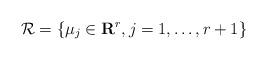
LaTeX: \begin{align*}{\cal R}=\{\mu_j\in{\bf R}^r,j=1,\ldots,r+1\}\end{align*}